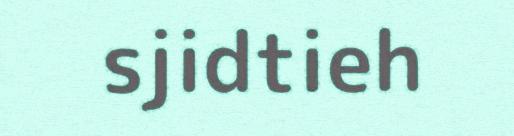
sjidtieh